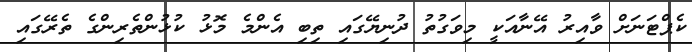
ކެޕްޓަނަށް ވާއިރު އޭނާއަކީ މިވަގުތު ދުނިޔޭގައި ތިބި އެންމެ މޮޅު ކުޅުންތެރިންގެ ތެރޭގައި